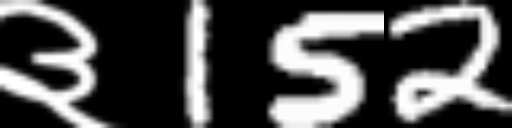
Text: ३152